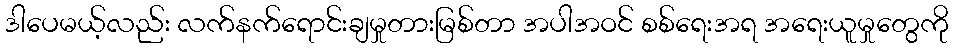
ဒါပေမယ့်လည်း လက်နက်ရောင်းချမှုတားမြစ်တာ အပါအဝင် စစ်ရေးအရ အရေးယူမှုတွေကို